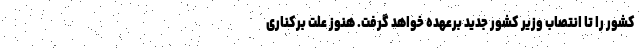
کشور را تا انتصاب وزیر کشور جدید برعهده خواهد گرفت. هنوز علت برکناری